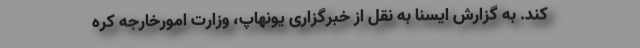
کند. به گزارش ایسنا به نقل از خبرگزاری یونهاپ، وزارت امورخارجه کره